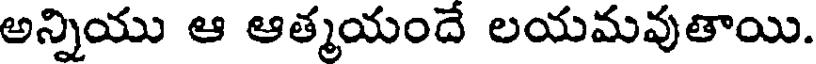
అన్నియు ఆ ఆత్మయందే లయమవుతాయి.